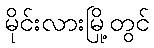
မိုင်းလားမြို့တွင်